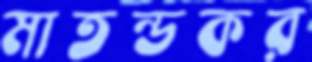
মাতন্ডকর